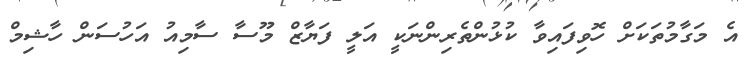
އެ މަގާމުތަކަށް ހޮވިފައިވާ ކުޅުންތެރިންނަކީ އަލީ ފަޔާޒް މޫސާ ސާމިއު އަހުސަން ހާޝިމް